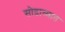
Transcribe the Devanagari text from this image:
सोडाव्यात